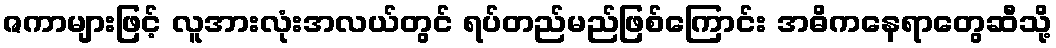
ဇကာများဖြင့် လူအားလုံးအလယ်တွင် ရပ်တည်မည်ဖြစ်ကြောင်း အဓိကနေရာတွေဆီသို့